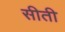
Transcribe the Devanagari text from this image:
सीती